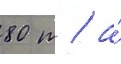
80 т / а́